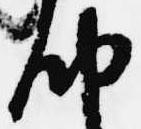
納